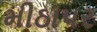
મીઠાપર